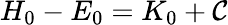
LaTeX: H_{0}-E_{0}=K_{0}+\mathcal{C}